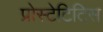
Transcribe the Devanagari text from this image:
प्रोस्टेटिटिस